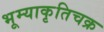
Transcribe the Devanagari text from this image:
भूम्याकृतिचक्र